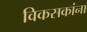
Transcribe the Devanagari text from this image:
विकसकांना